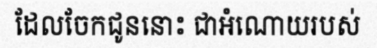
ដែលចែកជូននោះ ជាអំណោយរបស់